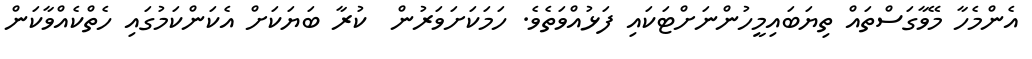
އެންމެހާ މޭވާގަސްތައް ތިޔަބައިމީހުންނަށްޓަކައި ފަޅުއްވަތެވެ. ހަމަކަށަވަރުން  ކުރާ ބަޔަކަށް އެކަންކަމުގައި ހެތްކެއްވާކަން